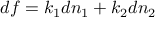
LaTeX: d f = k _ { 1 } d n _ { 1 } + k _ { 2 } d n _ { 2 }